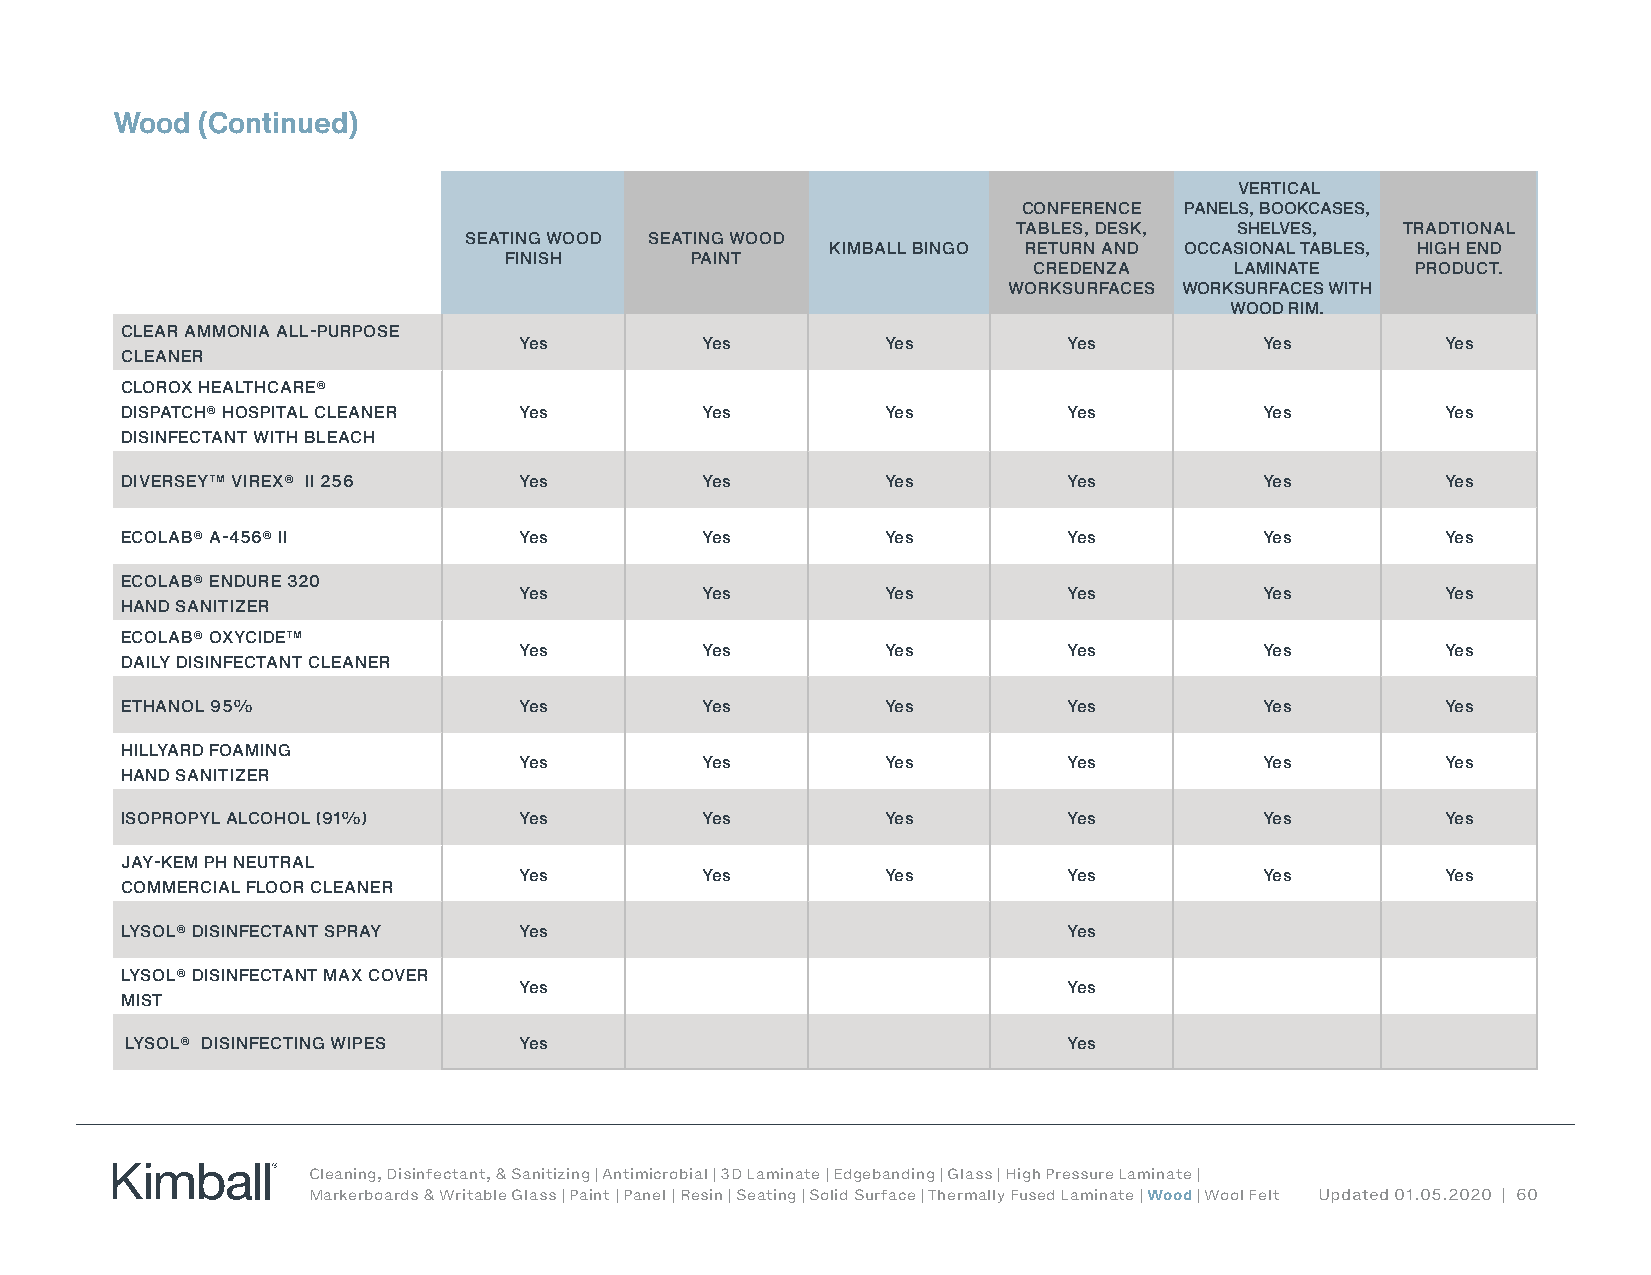
Wood  (Continued)
 VERTICAL
 CONFERENCE PANELS, BOOKCASES,
 TABLES, DESK,  SHELVES,   TRADTIONAL
 SEATING WOOD SEATING WOOD
 KIMBALL BINGO RETURN AND OCCASIONAL TABLES, HIGH END
 FINISH       PAINT
 CREDENZA      LAMINATE    PRODUCT.
 WORKSURFACES WORKSURFACES WITH
 WOOD RIM.
 CLEAR AMMONIA ALL-PURPOSE
 Yes         Yes          Yes         Yes          Yes         Yes
 CLEANER
 CLOROX HEALTHCARE®
 DISPATCH® HOSPITAL CLEANER Yes        Yes          Yes         Yes          Yes         Yes
 DISINFECTANT WITH BLEACH
 DIVERSEY™ VIREX® II 256   Yes         Yes          Yes         Yes          Yes         Yes
 ECOLAB® A-456® II         Yes         Yes          Yes         Yes          Yes         Yes
 ECOLAB® ENDURE 320
 Yes         Yes          Yes         Yes          Yes         Yes
 HAND SANITIZER
 ECOLAB® OXYCIDE™
 Yes         Yes          Yes         Yes          Yes         Yes
 DAILY DISINFECTANT CLEANER
 ETHANOL 95%               Yes         Yes          Yes         Yes          Yes         Yes
 HILLYARD FOAMING
 Yes         Yes          Yes         Yes          Yes         Yes
 HAND SANITIZER
 ISOPROPYL ALCOHOL (91%)   Yes         Yes          Yes         Yes          Yes         Yes
 JAY-KEM PH NEUTRAL
 Yes         Yes          Yes         Yes          Yes         Yes
 COMMERCIAL FLOOR CLEANER
 LYSOL® DISINFECTANT SPRAY Yes                                  Yes
 LYSOL® DISINFECTANT MAX COVER
 Yes                                  Yes
 MIST
 LYSOL® DISINFECTING WIPES Yes                                  Yes
 Cleaning, Disinfectant, & Sanitizing | Antimicrobial | 3D Laminate | Edgebanding | Glass | High Pressure Laminate |
 Markerboards & Writable Glass | Paint | Panel | Resin | Seating | Solid Surface | Thermally Fused Laminate | Wood | Wool Felt Updated 01.05.2020 | 60